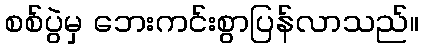
စစ်ပွဲမှ ဘေးကင်းစွာပြန်လာသည်။